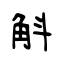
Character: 斛